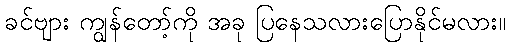
ခင်ဗျား ကျွန်တော့်ကို အခု ပြနေသလားပြောနိုင်မလား။